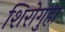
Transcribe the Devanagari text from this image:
शिरोगुहा